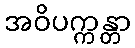
အဝိပက္ကန္တာ